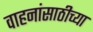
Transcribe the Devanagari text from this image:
वाहनांसाठीच्या